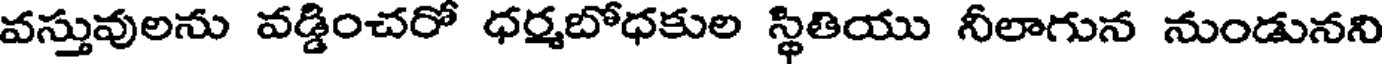
వస్తువులను వడ్డించరో ధర్మబోధకుల స్థితియు నీలాగున నుండునని